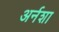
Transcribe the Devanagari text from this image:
अर्नशा